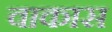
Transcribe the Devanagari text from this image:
वाकास